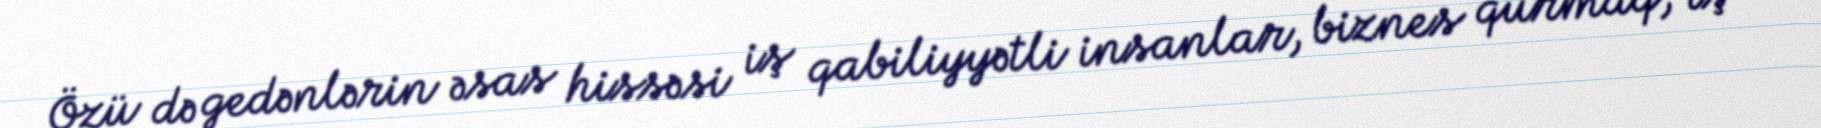
Özü də gedənlərin əsas hissəsi iş qabiliyyətli insanlar, biznes qurmaq, iş